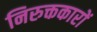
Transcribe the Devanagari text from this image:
निरुक्तकारों